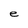
Character: e